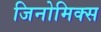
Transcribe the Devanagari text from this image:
जिनोमिक्स